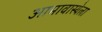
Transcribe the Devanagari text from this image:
आमावास्येला